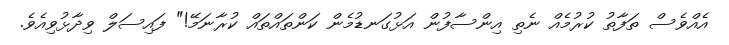
އެއްވެސް ތަފާތު ކުރުމެއް ނެތި އިންސާފުން އަޅުގަނޑުމެން ކަންތައްތައް ކުރާނަމޭ!" ފައިސަލް ވިދާޅުވިއެވެ.